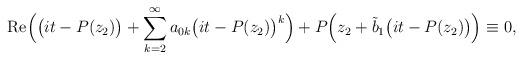
LaTeX: \begin{align*}\mathrm{Re}\Big(\big(it-P(z_2)\big)+\sum_{k=2}^\infty a_{0k}\big(it-P(z_2)\big)^k \Big)+P\Big(z_2+\tilde b_1\big(it-P(z_2)\big)\Big)\equiv 0,\end{align*}